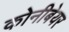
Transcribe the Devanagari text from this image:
कोनीबेयर